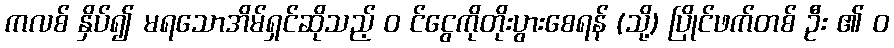
ကလစ် နှိပ်၍ မရသောအိမ်ရှင်ဆိုသည့် ၀ င်ငွေကိုတိုးပွားစေရန် (သို့) ပြိုင်ဖက်တစ် ဦး ၏ ၀